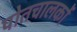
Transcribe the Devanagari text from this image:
पोतचालकों